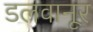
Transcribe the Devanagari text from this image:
डलवानूर